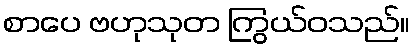
စာပေ ဗဟုသုတ ကြွယ်ဝသည်။